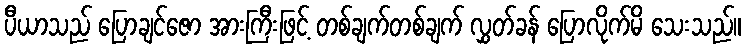
ပီယာသည် ပြောချင်ဇော အားကြီးဖြင့် တစ်ချက်တစ်ချက် လွှတ်ခန် ပြောလိုက်မိ သေးသည်။